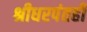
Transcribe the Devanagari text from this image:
श्रीधरपंतही